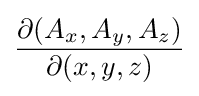
{\frac {\partial (A_{x},A_{y},A_{z})}{\partial (x,y,z)}}